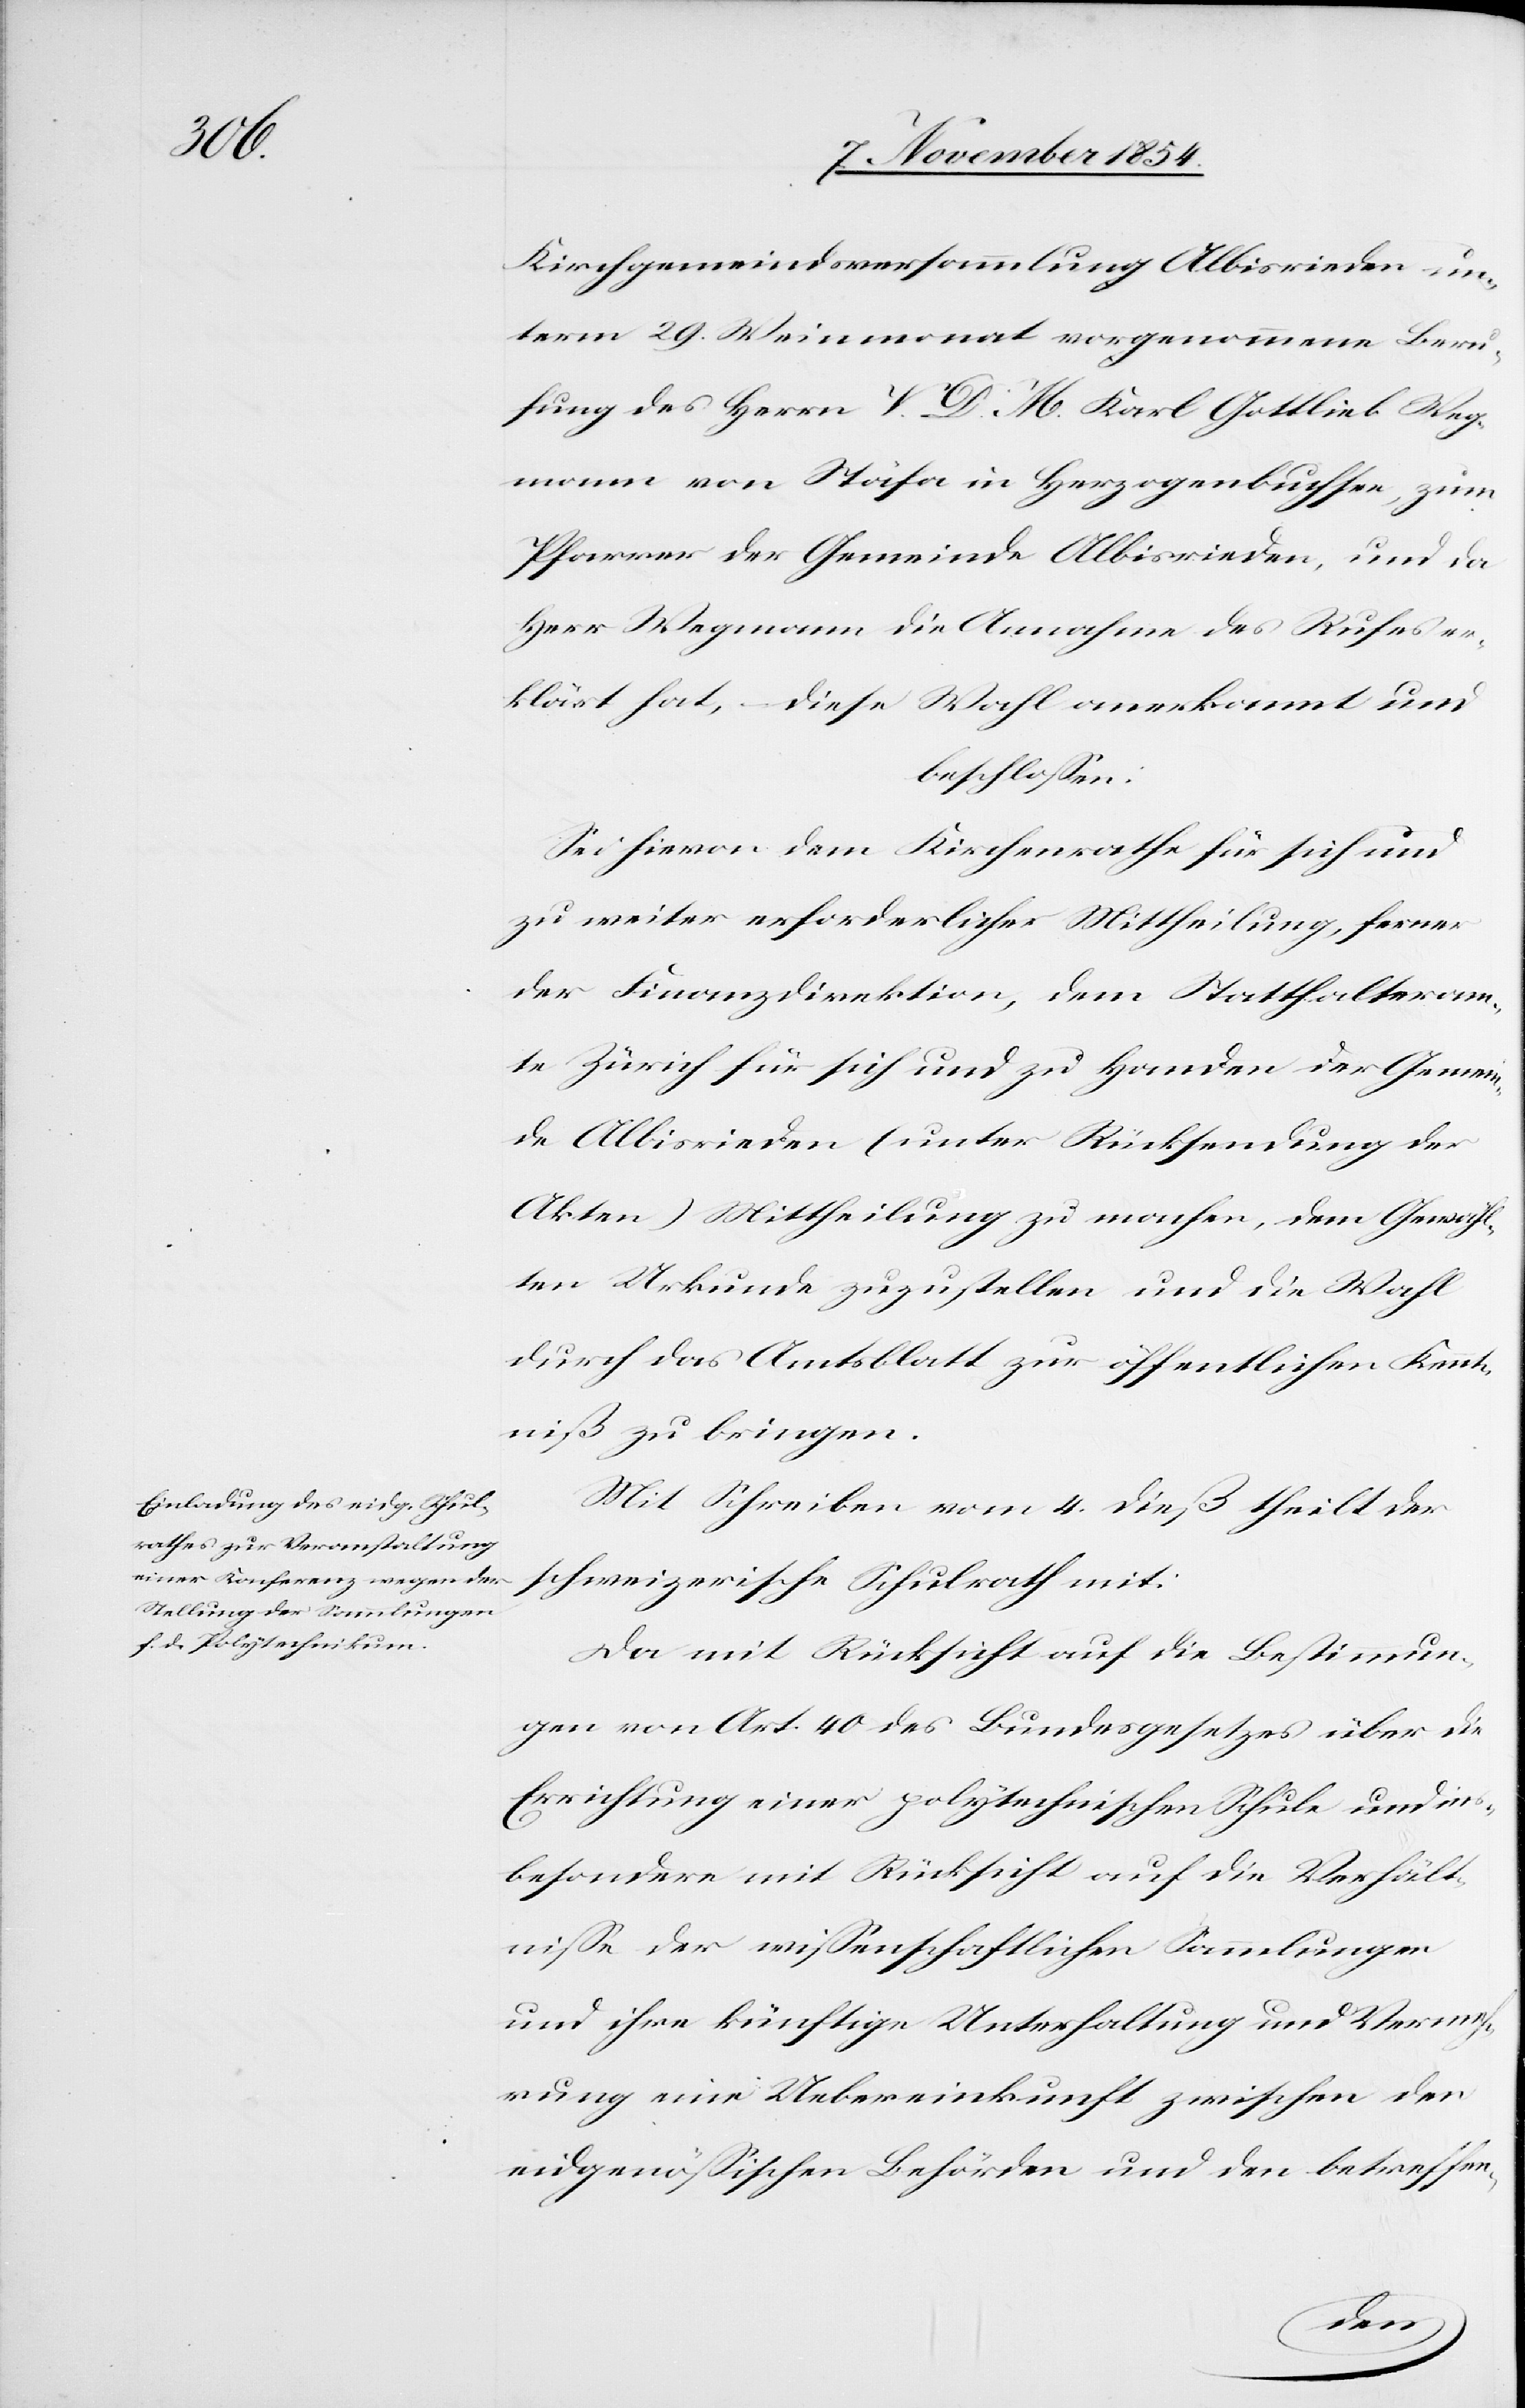
Kirchgemeindsversammlung Albisrieden un¬
term 29. Weinmonat vorgenommene Beru¬
fung des Herrn V. D. M. Karl Gottlieb Weg¬
mann von Stäfa in Herzogenbuchsen, zum
Pfarrer der Gemeinde Albisrieden, und da
Herr Wegmann die Annahme des Rufes er¬
klärt hat, diese Wahl anerkannt und
beschloßen:
Sei hievon dem Kirchenrathe für sich und
zu weiter erforderlicher Mittheilung, ferner
der Finanzdirektion, dem Statthalteram¬
te Zürich für sich und zu Handen der Gemein¬
de Albisrieden (unter Rücksendung der
Akten) Mittheilung zu machen, dem Gewähl¬
ten Urkunde zuzustellen und die Wahl
durch das Amtsblatt zur öffentlichen Kennt¬
niß zu bringen.
Mit Schreiben vom 4. dieß theilt der
schweizerische Schulrath mit:
Da mit Rücksicht auf die Bestimmun¬
gen von Art. 40 des Bundesgesetzes über die
Errichtung einer polytechnischen Schule und ins¬
besondere mit Rücksicht auf die Verhält¬
niße der wißenschaftlichen Sammlungen
und ihre künftige Unterhaltung und Vermeh¬
rung eine Uebereinkunft zwischen den
eidgenößischen Behörden und den betreffen-